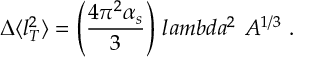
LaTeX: \Delta \langle l _ { T } ^ { 2 } \rangle = \left( \frac { 4 \pi ^ { 2 } \alpha _ { s } } { 3 } \right) \, l a m b d a ^ { 2 } \ A ^ { 1 / 3 } \ .